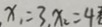
x _ { 1 } = 3 , x _ { 2 } = 4